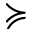
\succcurlyeq